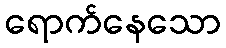
ရောက်နေသော